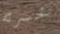
خسرته